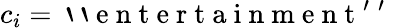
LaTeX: c_{i}=\mathrm{~`~`~e~n~t~e~r~t~a~i~n~m~e~n~t~'~'~}